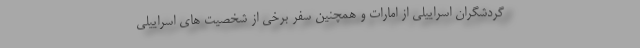
گردشگران اسراییلی از امارات و همچنین سفر برخی از شخصیت های اسراییلی